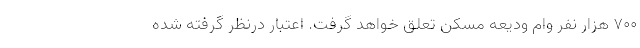
٧٠٠ هزار نفر وام ودیعه مسکن تعلق خواهد گرفت. اعتبار درنظر گرفته شده